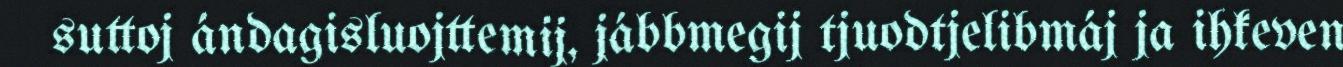
suttoj ándagisluojttemij, jábbmegij tjuodtjelibmáj ja ihkeven